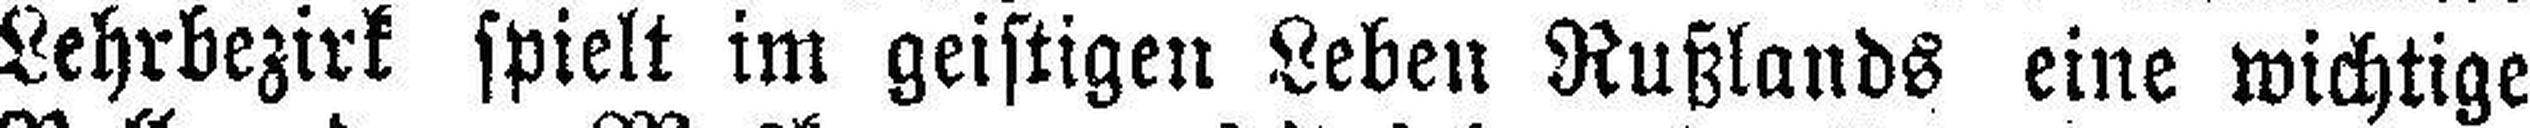
Lehrbezirk spielt im geistigen Leben Rußlands eine wichtige